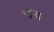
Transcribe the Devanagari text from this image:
९इंच